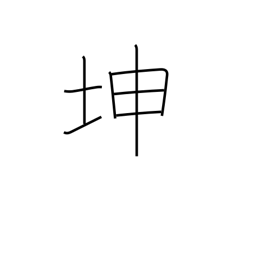
Meaning: land